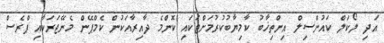
އަދި ލޯކަލް ކައުންސިލް އިންތިޚާބު ކާމިޔާބުކުރުމަށްޓަކައި ކޮންމެ ދާއިރާއަކުން ކެމްޕޭން މެނޭޖަރަކާއި ޕްރެސް